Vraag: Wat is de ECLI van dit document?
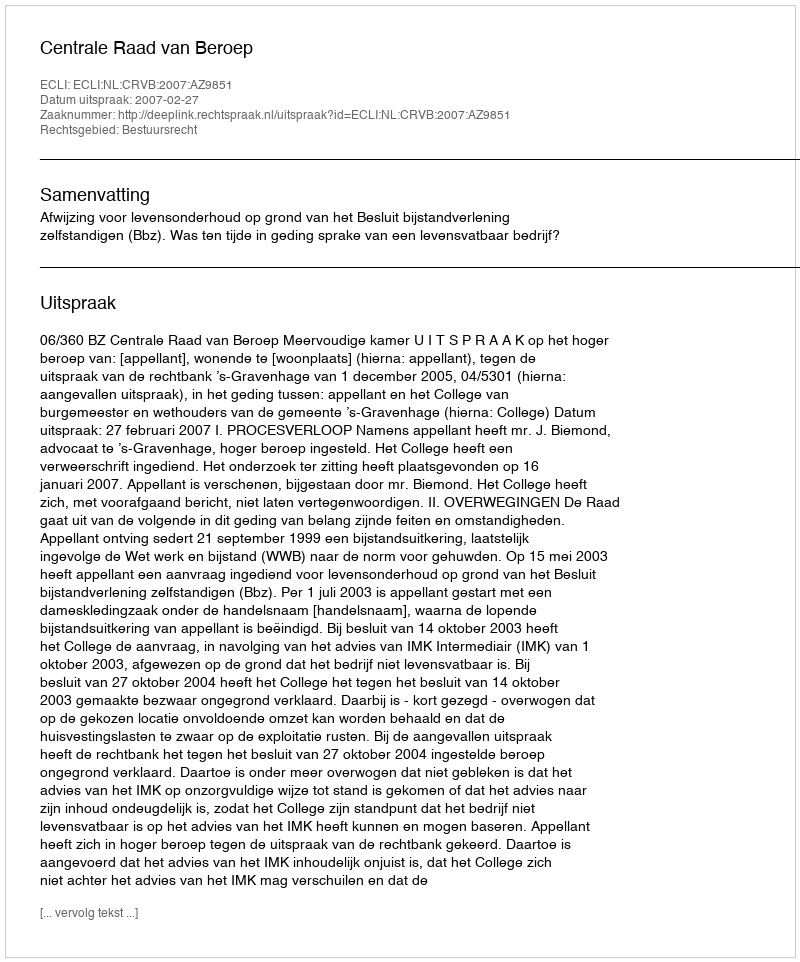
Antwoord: ECLI:NL:CRVB:2007:AZ9851